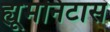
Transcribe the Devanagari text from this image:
ह्यूमनिटास